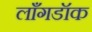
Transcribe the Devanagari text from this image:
लाँगडॉक